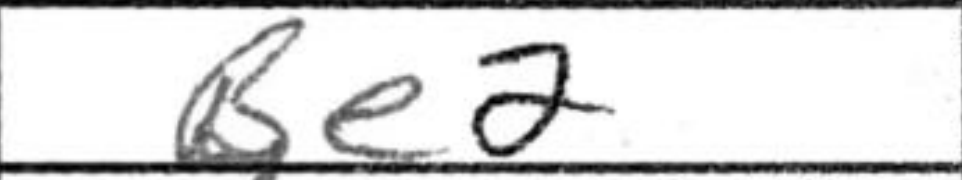
Transcription: Be2